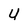
Character: U